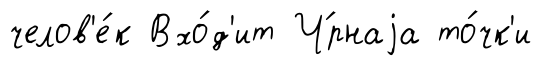
челов'е́к Вхо́д'ит Ч́рнаjа то́чк'и